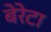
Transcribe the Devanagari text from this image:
बेरेटा